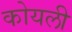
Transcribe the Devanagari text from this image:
कोयली